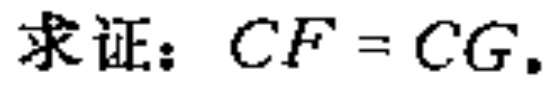
求证：$CF = CG.$